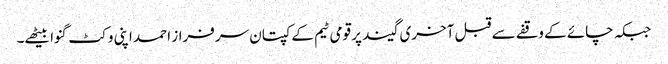
جبکہ چائے کے وقفے سے قبل آخری گیند پر قومی ٹیم کے کپتان سرفراز احمد اپنی وکٹ گنوا بیٹھے۔